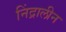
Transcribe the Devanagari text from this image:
निंद्रालीन